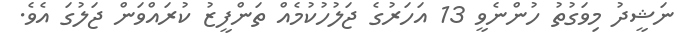
ނަޝީދު މިވަގުތު ހުންނެވީ 13 އަހަރުގެ ޖަލުހުކުމެއް ތަންފީޒު ކުރައްވަން ޖަލުގަ އެވެ.